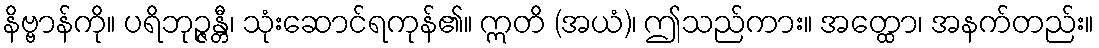
နိဗ္ဗာန်ကို။ ပရိဘုဉ္ဇန္တီ၊ သုံးဆောင်ရကုန်၏။ ဣတိ (အယံ)၊ ဤသည်ကား။ အတ္ထော၊ အနက်တည်း။